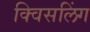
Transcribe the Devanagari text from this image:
क्विसलिंग